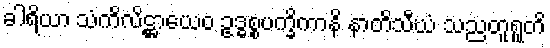
ခါရိယာ သံကိလိဋ္ဌာယေဝ ဥဒ္ဓစ္စပက္ခိကာနိ နာတိသီဃံ သညတူရူတိ